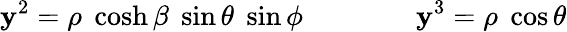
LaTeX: \mathbf{y}^{2}=\rho\; \cosh\beta\; \sin\theta\; \sin\phi\qquad\qquad\mathbf{y}^{3}=\rho\; \cos\theta